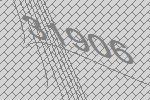
31906